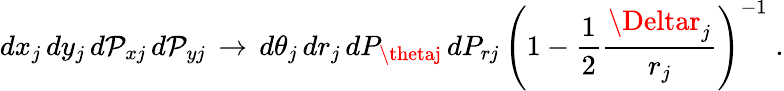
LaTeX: dx_{j}\, dy_{j}\, d\mathcal{P}_{xj}\, d\mathcal{P}_{yj}\, \rightarrow\, d\theta_{j}\, dr_{j}\, dP_{\thetaj}\, dP_{rj}\, \left(1-\frac{{1}}{{2}}\frac{{\Deltar_{j}}}{{r_{j}}}\right)^{-1}\; .